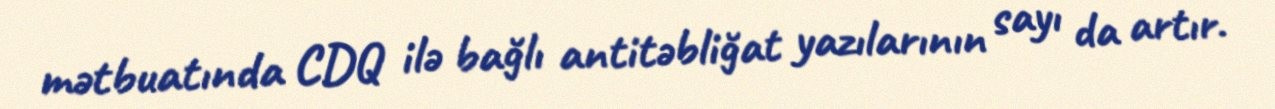
mətbuatında CDQ ilə bağlı antitəbliğat yazılarının sayı da artır.